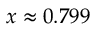
x \approx 0 . 7 9 9